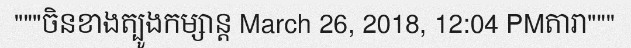
"""ចិនខាងត្បូងកម្សាន្ត March 26, 2018, 12:04 PMតារា"""